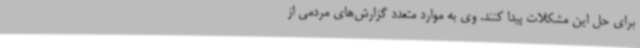
برای حل این مشکلات پیدا کنند. وی به موارد متعدد گزارش‌های مردمی از